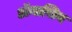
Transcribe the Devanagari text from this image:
ॲनासिन